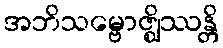
အဘိသမ္ဗောဇ္ဈိဿန္တိ